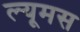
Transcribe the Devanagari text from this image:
ल्यूमस